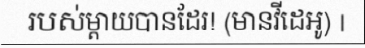
របស់ម្តាយបានដែរ! (មានវីដេអូ) |